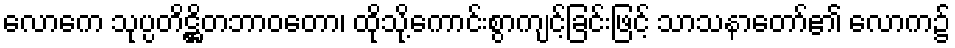
လောကေ သုပ္ပတိဋ္ဌိတဘာဝတော၊ ထိုသို့ကောင်းစွာကျင့်ခြင်းဖြင့် သာသနာတော်၏ လောက၌